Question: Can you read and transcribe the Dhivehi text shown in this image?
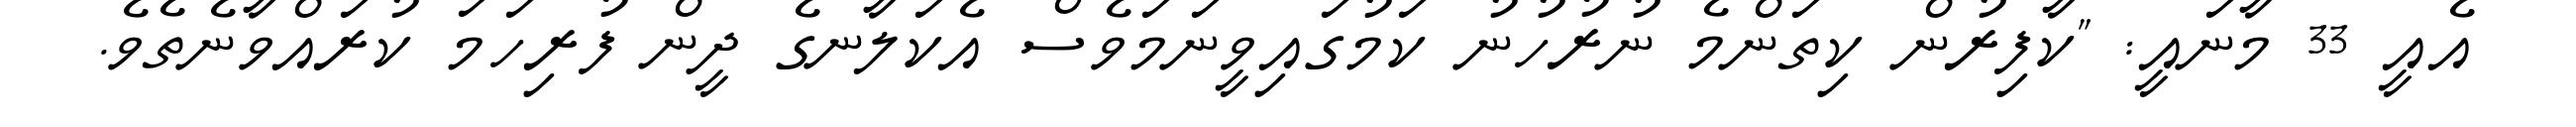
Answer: އެއީ 33 މާނައީ: "ކާފިރުން ކިތަންމެ ނުރުހުނު ކަމުގައިވީނަމަވެސް އެކަލާނގެ ދީން ފުރިހަމަ ކުރައްވާނެތެވެ.